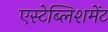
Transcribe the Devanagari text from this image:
एस्टेब्लिशमेंट